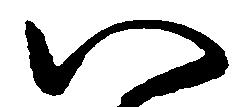
い